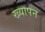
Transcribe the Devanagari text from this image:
ख्यापन